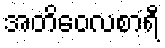
အတိဝေလစာရီ